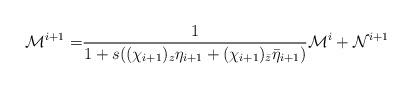
LaTeX: \begin{align*}\mathcal{M}^{i+1}=&\frac{1}{1+s((\chi_{i+1})_z\eta_{i+1}+(\chi_{i+1})_{\bar{z}}\bar{\eta}_{i+1})}\mathcal{M}^i + \mathcal{N}^{i+1}\end{align*}